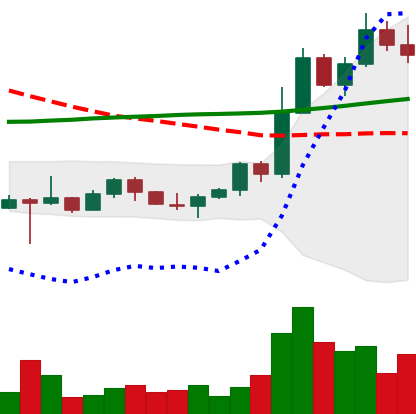
Ticker: ETH-USD
Chart end date: 2022-10-31
Forward return: 3.513%
Label: up_3_5